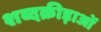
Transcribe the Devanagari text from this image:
शब्दक्रीड़ाओं